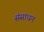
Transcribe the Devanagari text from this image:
संसांधन